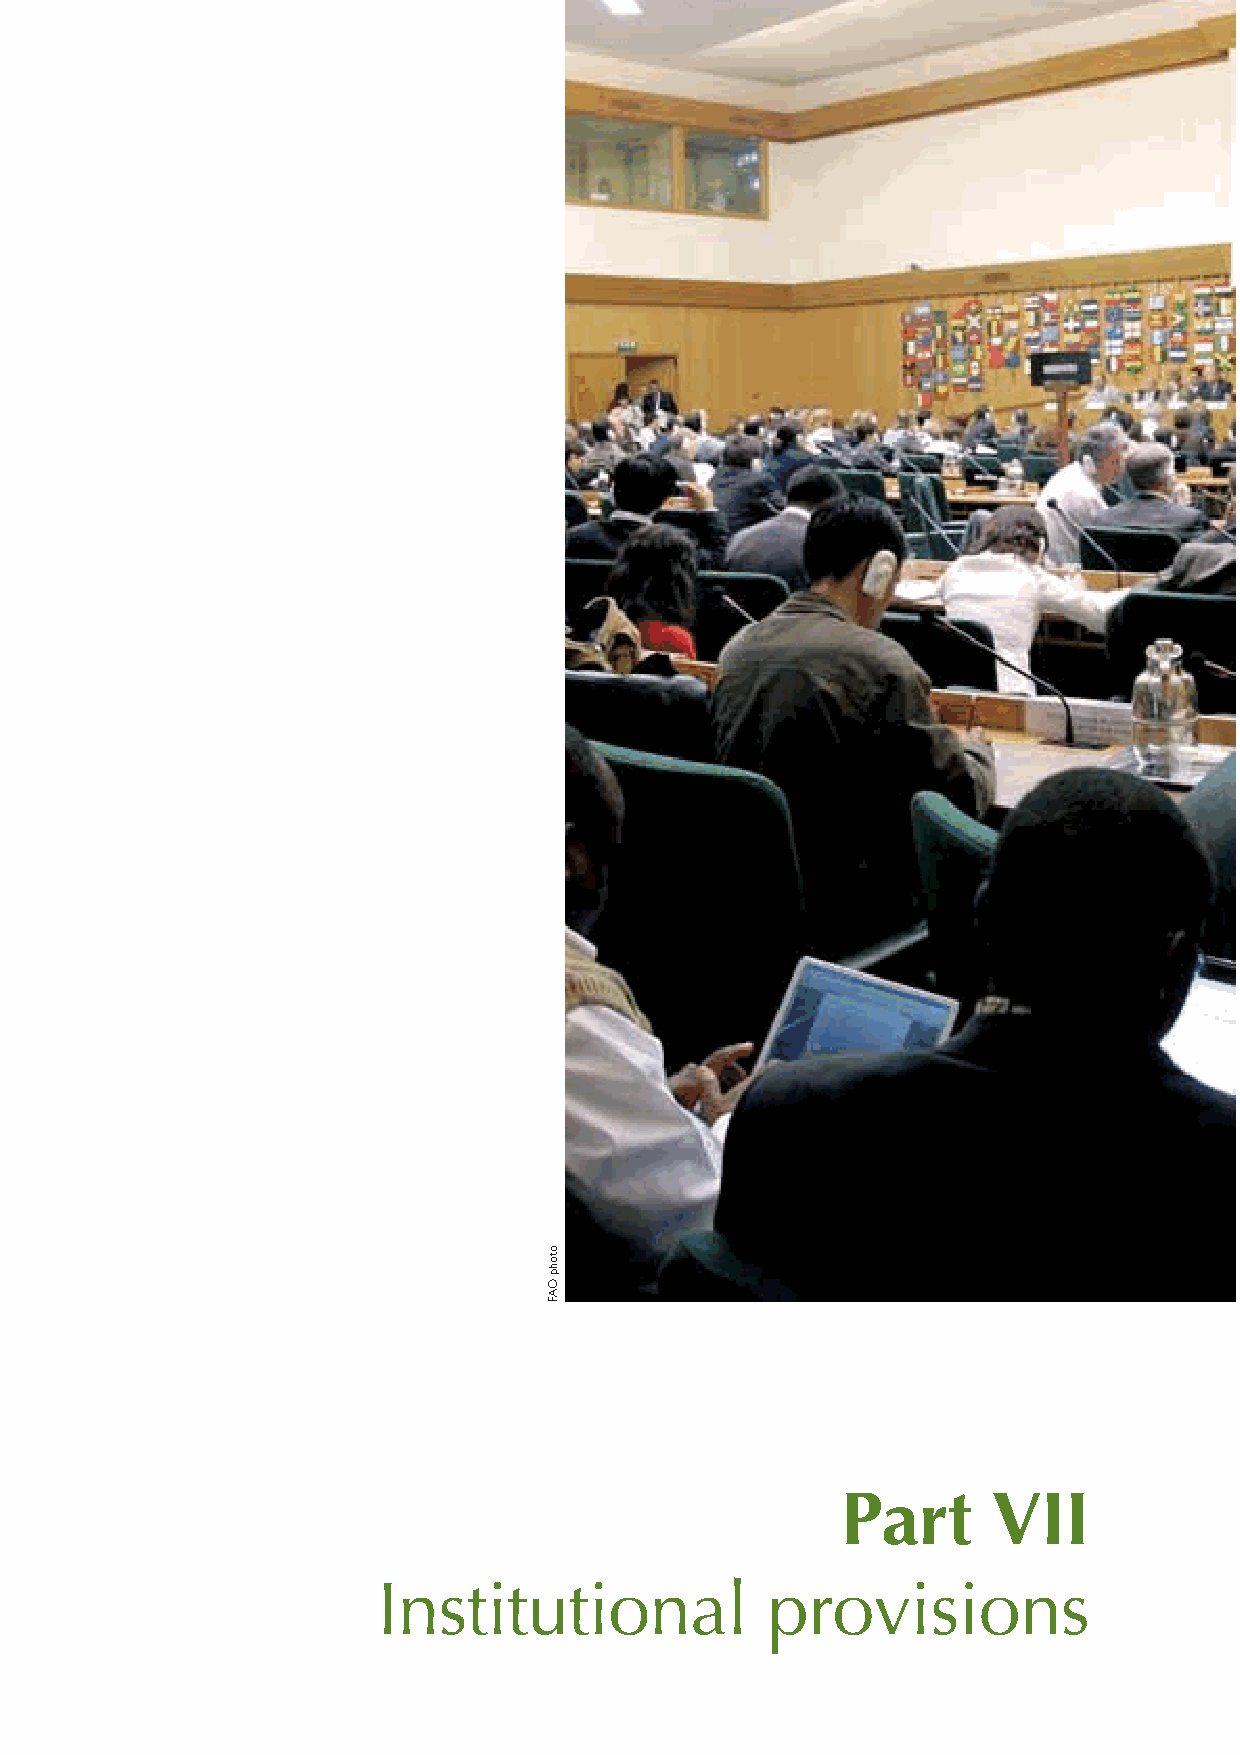
Part      VII
 Institutional             provisions
 otohp
 OAF